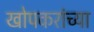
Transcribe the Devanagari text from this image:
खोपकरांच्या